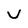
Character: u